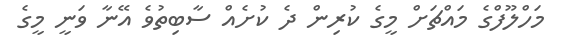
މަހްލޫފްގެ މައްޗަށް މީގެ ކުރިން ދެ ކުށެއް ސާބިތުވެ އޭނާ ވަނީ މީގެ